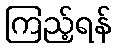
ကြည့်ရန်